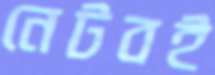
নেটবই